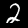
Digit: 2